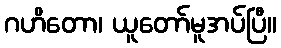
ဂဟိတော၊ ယူတော်မူအပ်ပြီ။